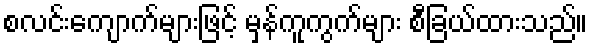
စလင်းကျောက်များဖြင့် မှန်ကူကွက်များ စီခြယ်ထားသည်။